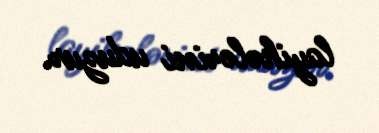
layihələrini uduzur.